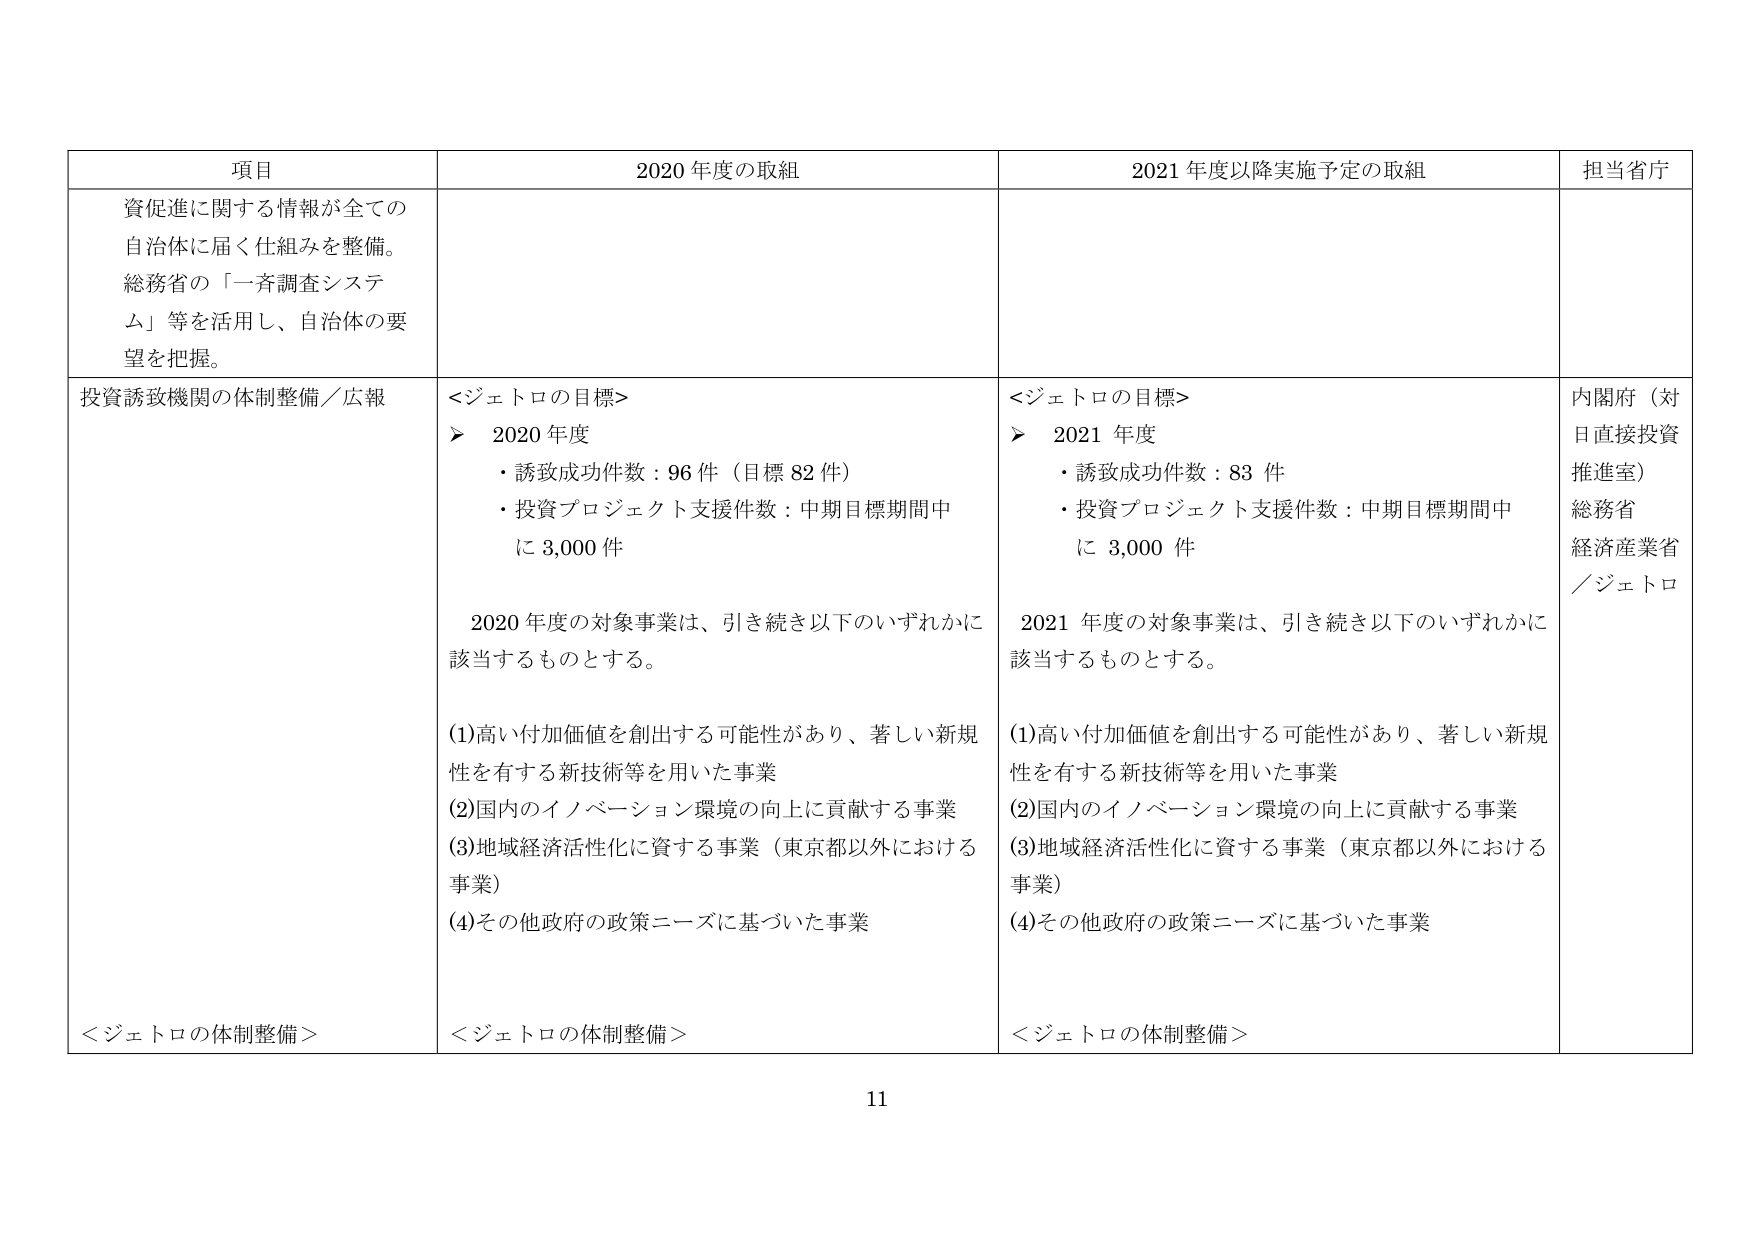
項目 2020年度の取組 2021年度以降実施予定の取組 担当省庁
資促進に関する情報が全ての自治体に届く仕組みを整備。総務省の「一斉調査システム」等を活用し、自治体の要望を把握。
投資誘致機関の体制整備／広報
＜ジェトロの目標＞
➤ 2020年度
・誘致成功件数：96件（目標82件）
・投資プロジェクト支援件数：中期目標期間中に3,000件
2020年度の対象事業は、引き続き以下のいずれかに該当するものとする。
(1)高い付加価値を創出する可能性があり、著しい新規性を有する新技術等を用いた事業
(2)国内のイノベーション環境の向上に貢献する事業
(3)地域経済活性化に資する事業（東京都以外における事業）
(4)その他政府の政策ニーズに基づいた事業
＜ジェトロの体制整備＞
＜ジェトロの目標＞
➤ 2021年度
・誘致成功件数：83件
・投資プロジェクト支援件数：中期目標期間中に3,000件
2021年度の対象事業は、引き続き以下のいずれかに該当するものとする。
(1)高い付加価値を創出する可能性があり、著しい新規性を有する新技術等を用いた事業
(2)国内のイノベーション環境の向上に貢献する事業
(3)地域経済活性化に資する事業（東京都以外における事業）
(4)その他政府の政策ニーズに基づいた事業
＜ジェトロの体制整備＞
内閣府（対日直接投資推進室）
総務省
経済産業省／ジェトロ
11